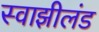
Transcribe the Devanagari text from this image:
स्वाझीलंड